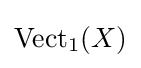
\mathrm {Vect} _{1}(X)